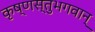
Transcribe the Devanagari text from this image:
कृष्णस्तुभगवान्